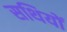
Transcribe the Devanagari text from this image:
सथियों